Vabadussoja_Ajaloo_Komitee, lk 7
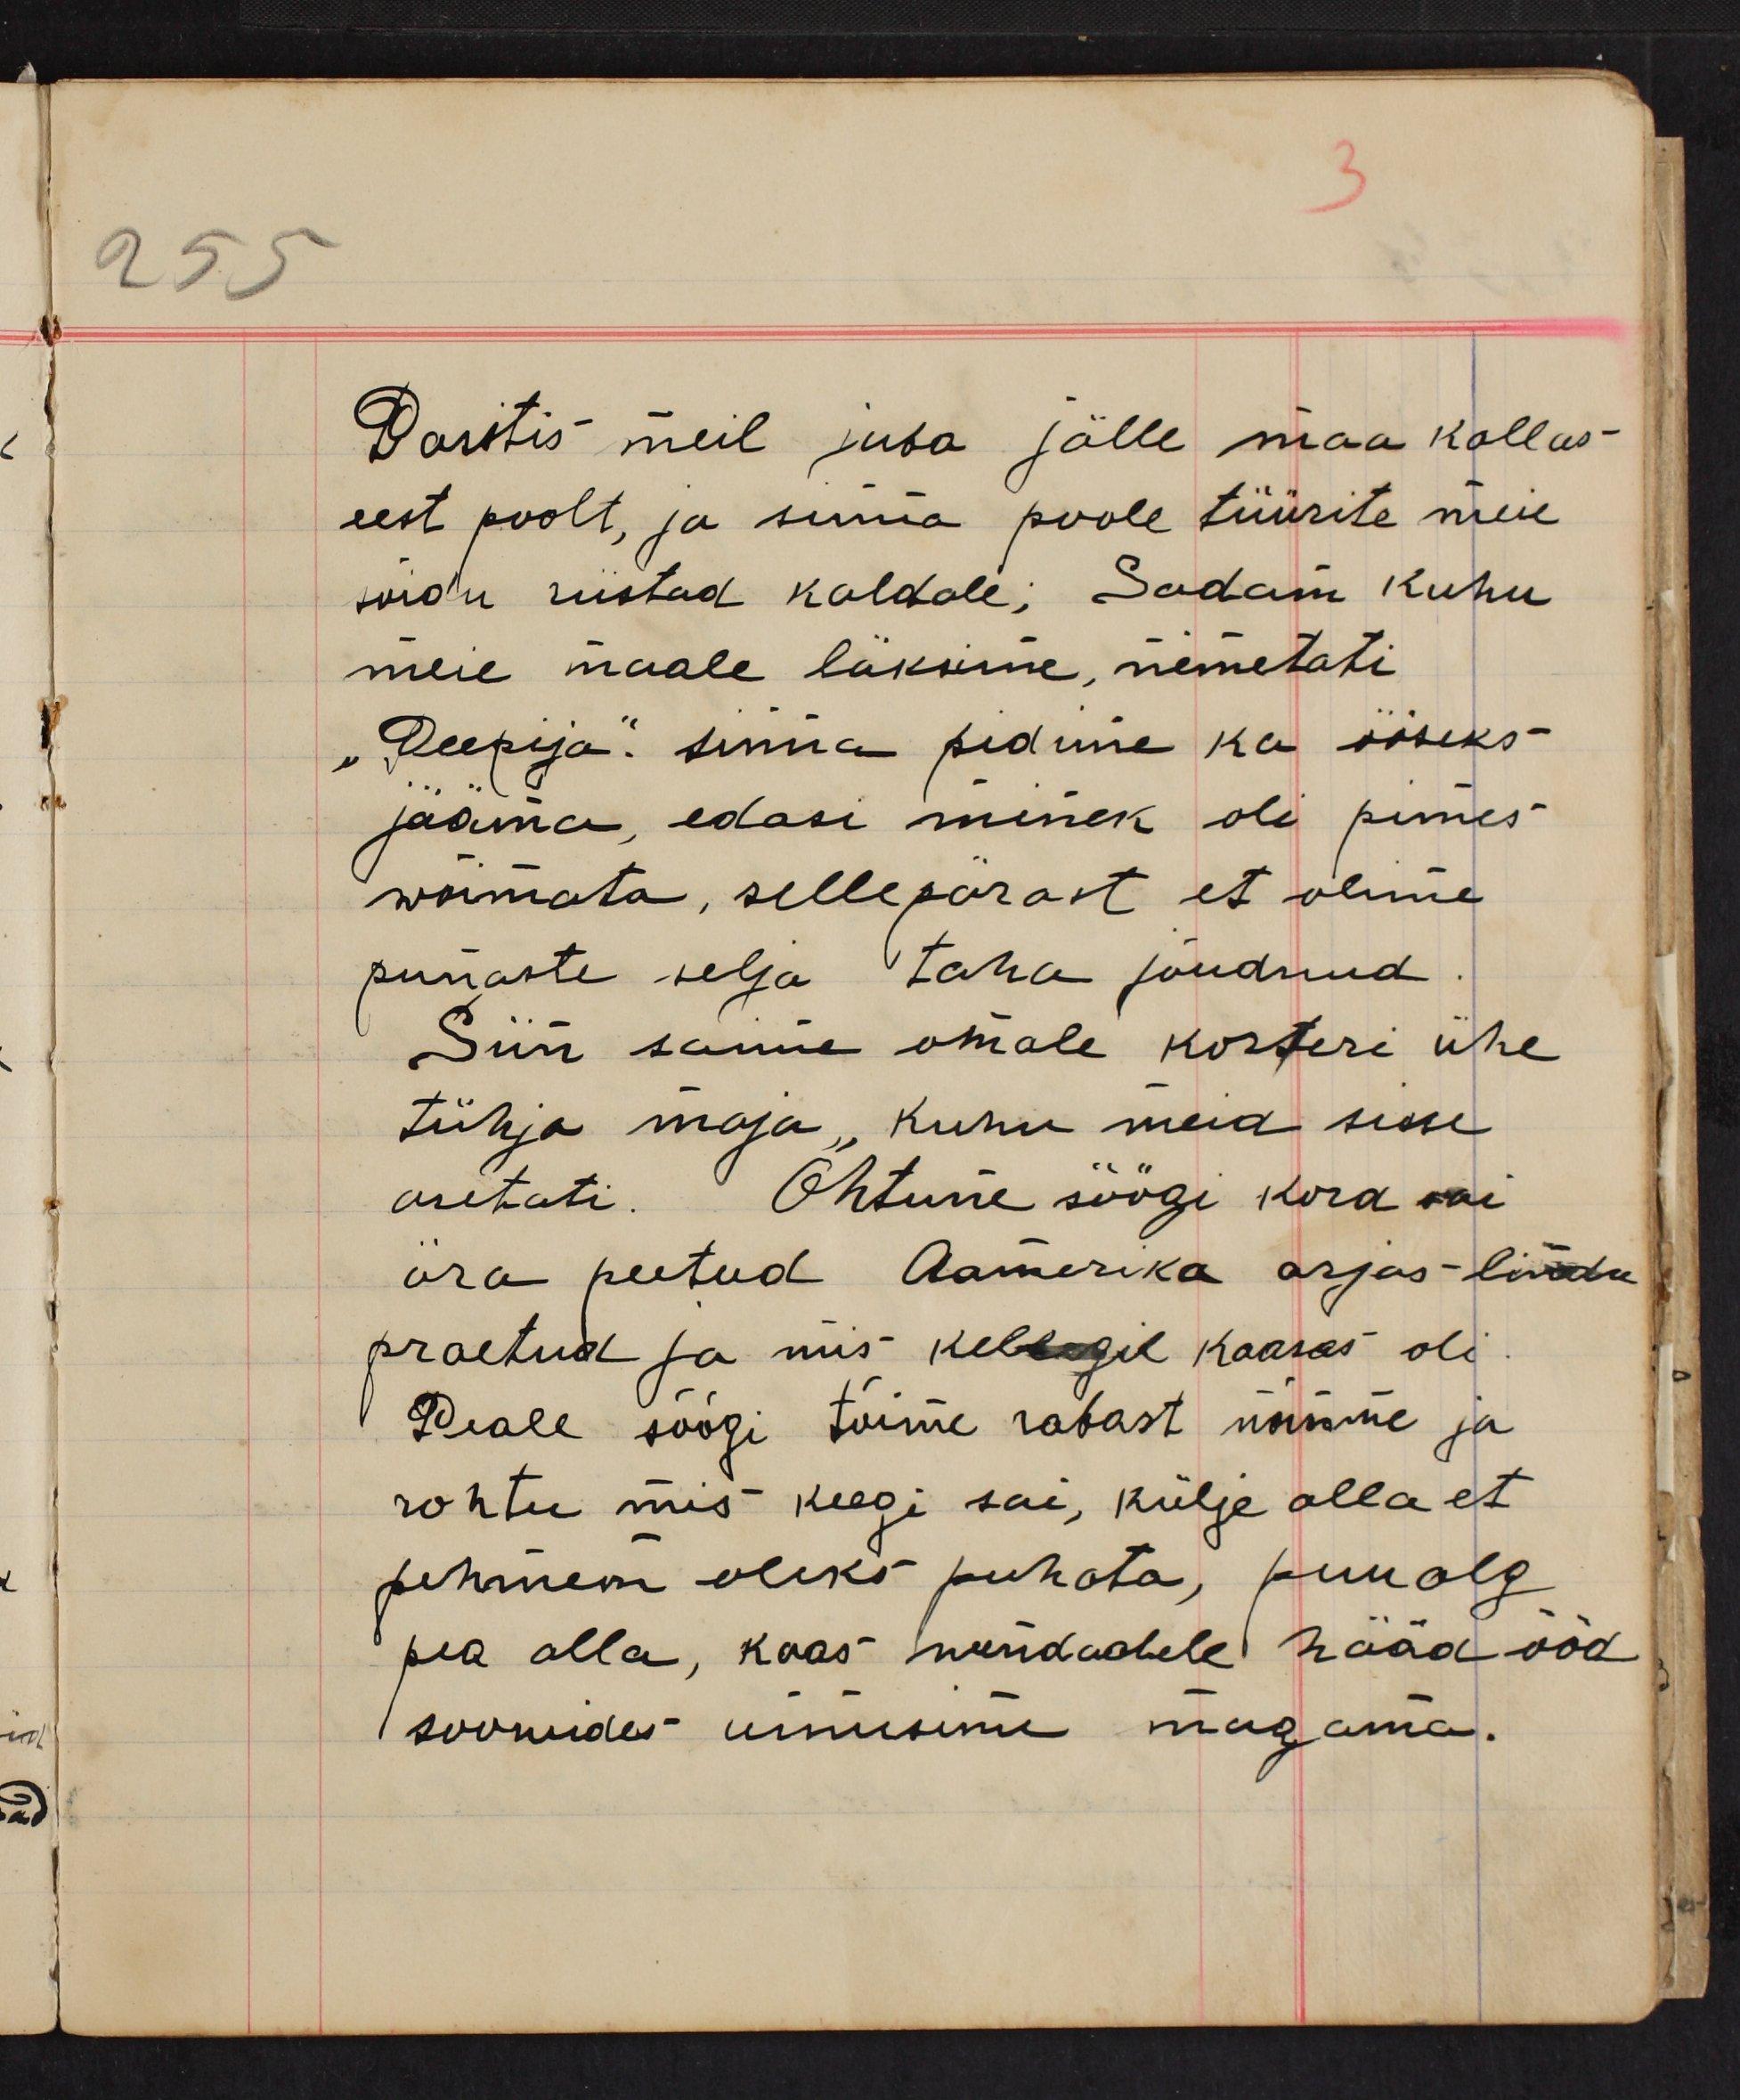
Pasitis meil juba jälle maa kallas
eest poolt, ja sinna poole tüürite meie
sõidu riistad kaldale; Sadam kuhu
meie maale läksime, nimetati
"Peepija." sinna pidime ka ööseks
jääma, edasi minek oli pimes
wõimata, sellepärast et olime
punaste selja taha jõudnud.
Siin saime omale korteri ühe
tühja maja, kuhu meid sisse
asetati. Õhtune söögi kord sai
ära peetud Aamerika asjas lindu
praetud ja mis kellegil kaasas oli.
Peale söögi tõime rabast nõmme ja
rohtu mis keegi sai, külje alla et
pehmem oleks puhata, puualg
pea alla, kaas wendadele hääd ööd
soowides uinusime magama.